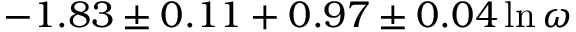
- 1 . 8 3 \pm 0 . 1 1 + 0 . 9 7 \pm 0 . 0 4 \ln \omega